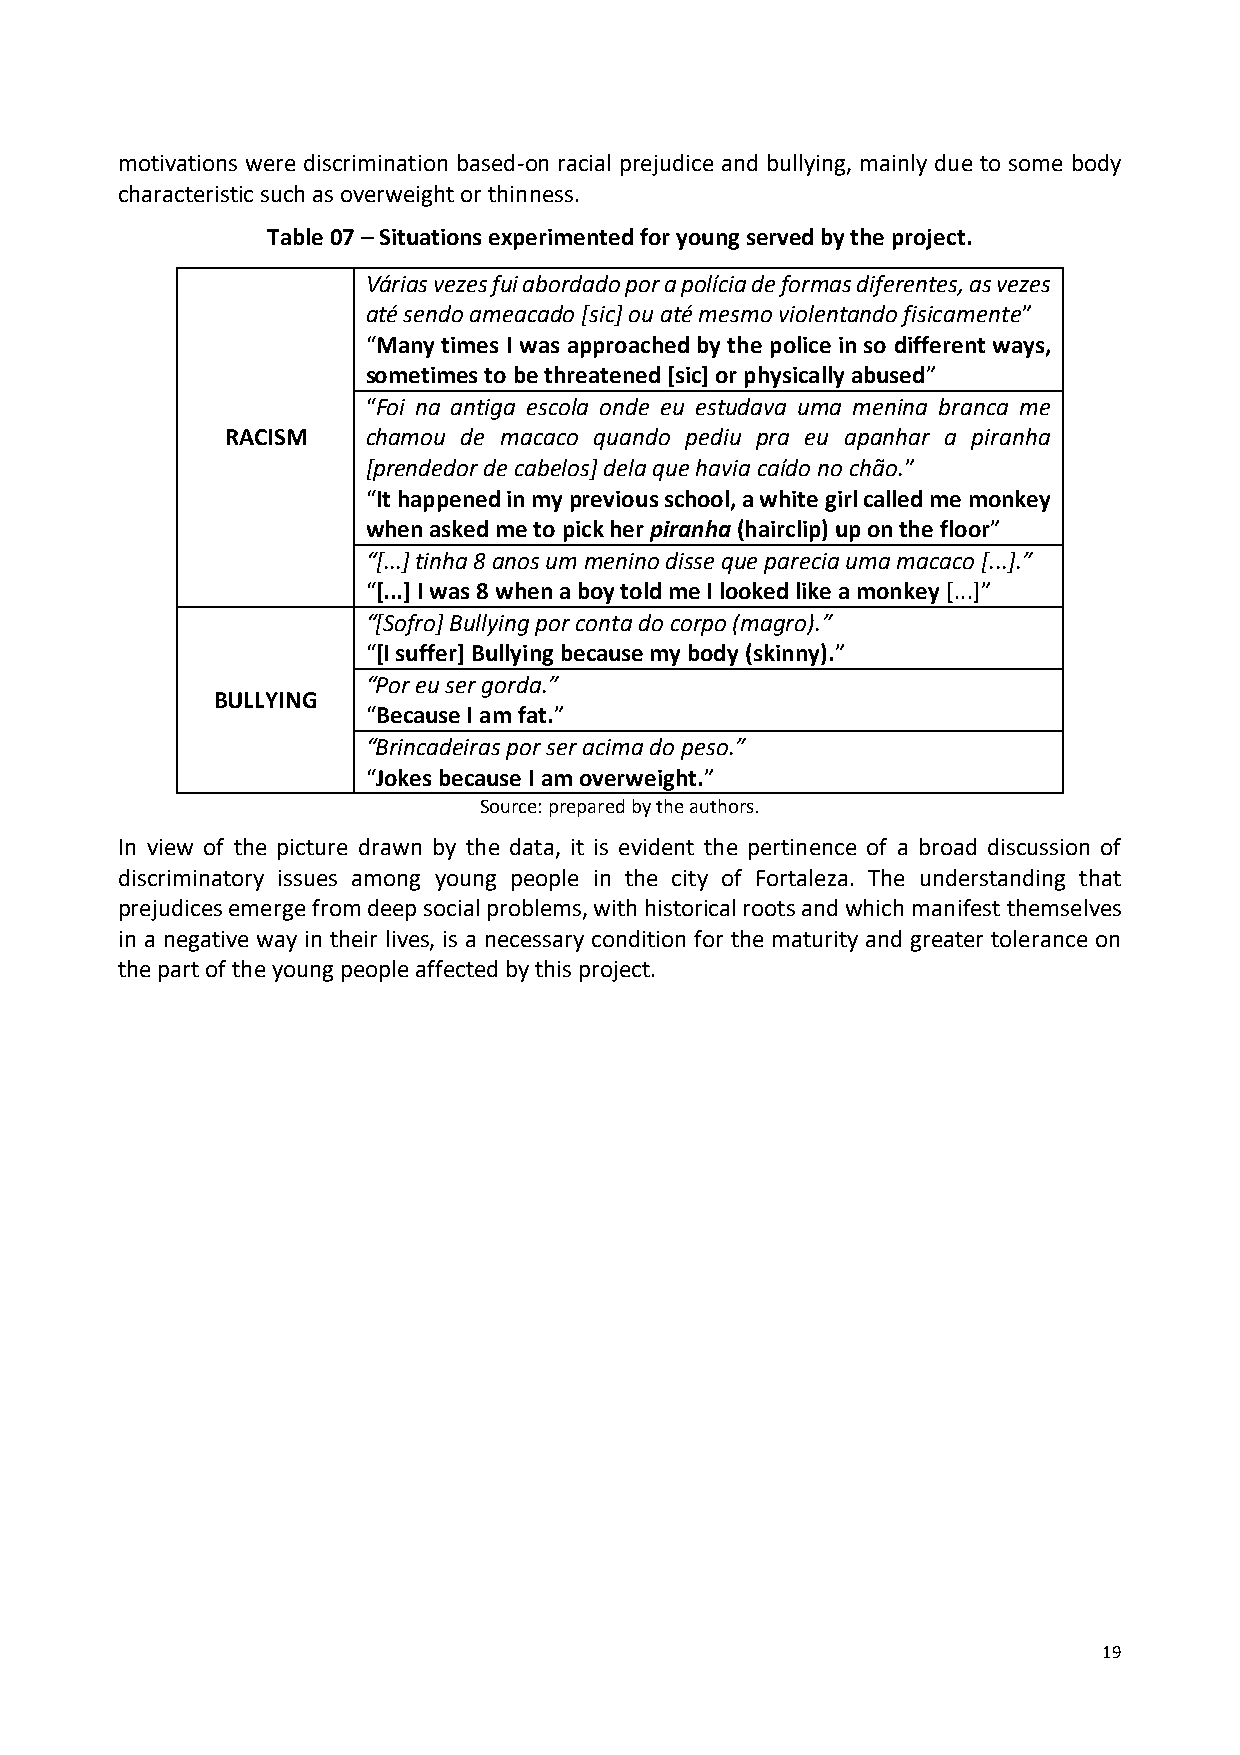
motivations were discrimination based-on racial prejudice and bullying, mainly due to some body
 characteristic such as overweight or thinness.
 Table 07 – Situations experimented for young served by the project.
 Várias vezes fui abordado por a polícia de formas diferentes, as vezes
 até sendo ameacado [sic] ou até mesmo violentando fisicamente”
 “Many times I was approached by the police in so different ways,
 sometimes to be threatened [sic] or physically abused”
 “Foi na antiga escola onde eu estudava uma menina branca me
 RACISM   chamou de macaco quando pediu pra eu apanhar a piranha
 [prendedor de cabelos] dela que havia caído no chão.”
 “It happened in my previous school, a white girl called me monkey
 when asked me to pick her piranha (hairclip) up on the floor”
 “[...] tinha 8 anos um menino disse que parecia uma macaco [...].”
 “[...] I was 8 when a boy told me I looked like a monkey [...]”
 “[Sofro] Bullying por conta do corpo (magro).”
 “[I suffer] Bullying because my body (skinny).”
 “Por eu ser gorda.”
 BULLYING
 “Because I am fat.”
 “Brincadeiras por ser acima do peso.”
 “Jokes because I am overweight.”
 Source: prepared by the authors.
 In view of the picture drawn by the data, it is evident the pertinence of a broad discussion of
 discriminatory issues among young people in the city of Fortaleza. The understanding that
 prejudices emerge from deep social problems, with historical roots and which manifest themselves
 in a negative way in their lives, is a necessary condition for the maturity and greater tolerance on
 the part of the young people affected by this project.
 19